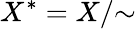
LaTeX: X^{*}=X/{\sim}